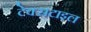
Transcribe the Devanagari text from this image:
टेक्‍सटाइल